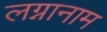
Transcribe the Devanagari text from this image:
लग्नानाम